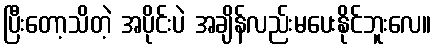
ပြီးတော့သိတဲ့ အပိုင်းပဲ အချိန်လည်းမပေးနိုင်ဘူးလေ။